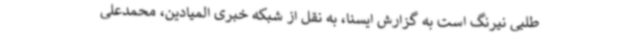
طلبی نیرنگ است به گزارش ایسنا، به نقل از شبکه خبری المیادین، محمدعلی